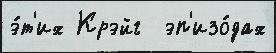
э́т'их Крэйг  эп'изо́дах